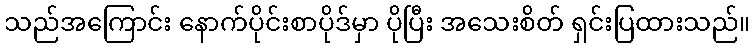
သည်အကြောင်း နောက်ပိုင်းစာပိုဒ်မှာ ပိုပြီး အသေးစိတ် ရှင်းပြထားသည်။